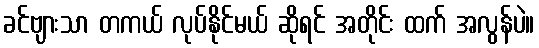
ခင်ဗျားသာ တကယ် လုပ်နိုင်မယ် ဆိုရင် အတိုင်း ထက် အလွန်ပဲ။